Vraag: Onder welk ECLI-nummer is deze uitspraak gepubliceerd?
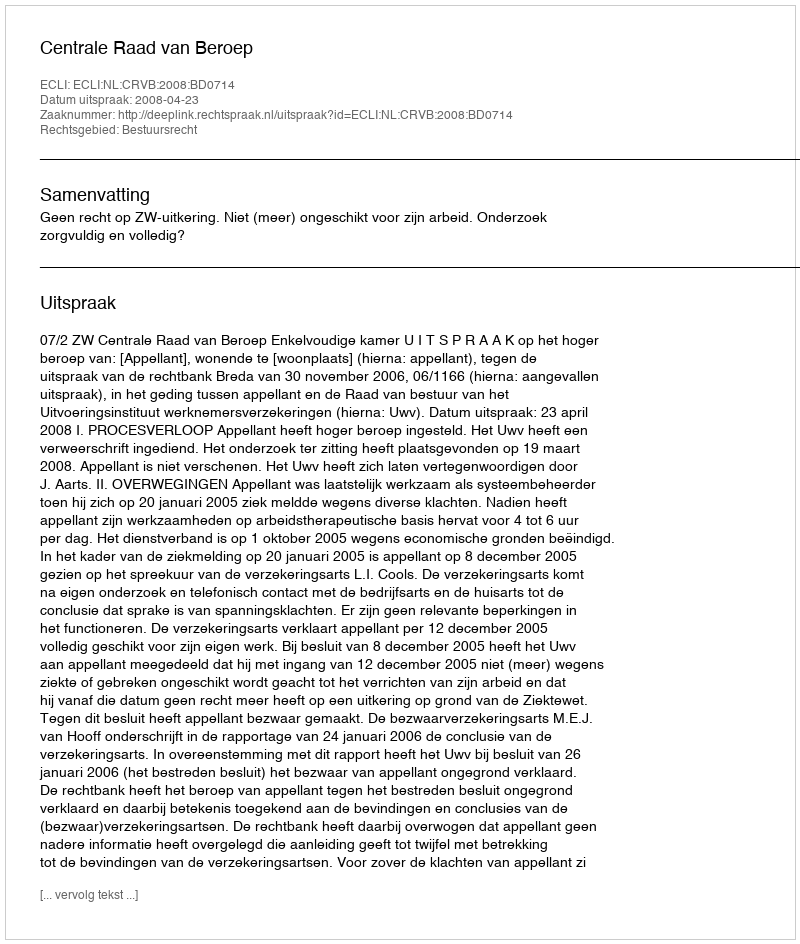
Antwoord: ECLI:NL:CRVB:2008:BD0714